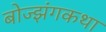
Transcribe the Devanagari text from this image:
बोज्झंगकथा